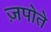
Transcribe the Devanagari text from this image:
ज़पोते